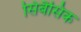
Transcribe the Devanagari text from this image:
सिबैसिक